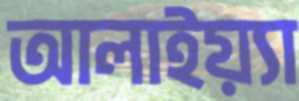
আলাইয়্যা